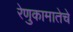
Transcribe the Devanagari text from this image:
रेणुकामातेचे